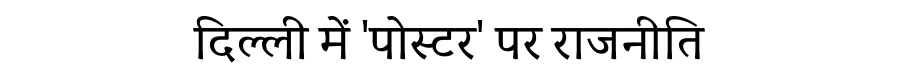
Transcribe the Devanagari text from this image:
दिल्ली में 'पोस्टर' पर राजनीति